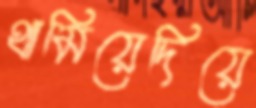
থামিয়েদিয়ে